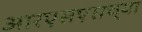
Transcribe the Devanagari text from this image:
आरएसएसच्या